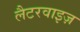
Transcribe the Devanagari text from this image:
लैटरवाइज़